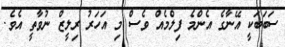
ސަބަބަކީ އޭނާގެ އެންމެ ފިލްމެއް ވެސް މި އަހަރު ރިލީޒް ނުވާތީ އެވެ.